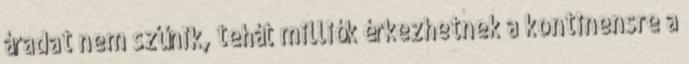
áradat nem szűnik, tehát milliók érkezhetnek a kontinensre a